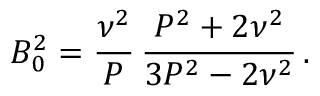
B _ { 0 } ^ { 2 } = \frac { \nu ^ { 2 } } { P } \, \frac { P ^ { 2 } + 2 \nu ^ { 2 } } { 3 P ^ { 2 } - 2 \nu ^ { 2 } } \, .